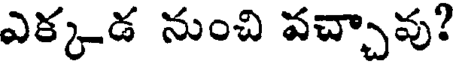
ఎక్కడ నుంచి వచ్చావు?